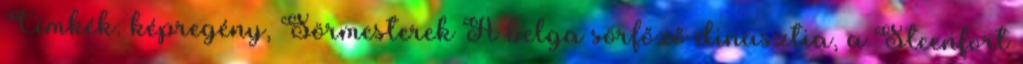
Címkék: képregény, Sörmesterek A belga sörfőző dinasztia, a Steenfort